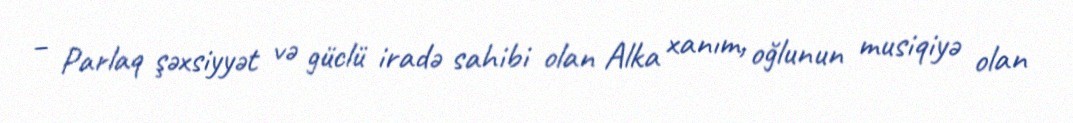
– Parlaq şəxsiyyət və güclü iradə sahibi olan Alka xanım, oğlunun musiqiyə olan